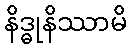
နိဒ္ဓုနိဿာမိ